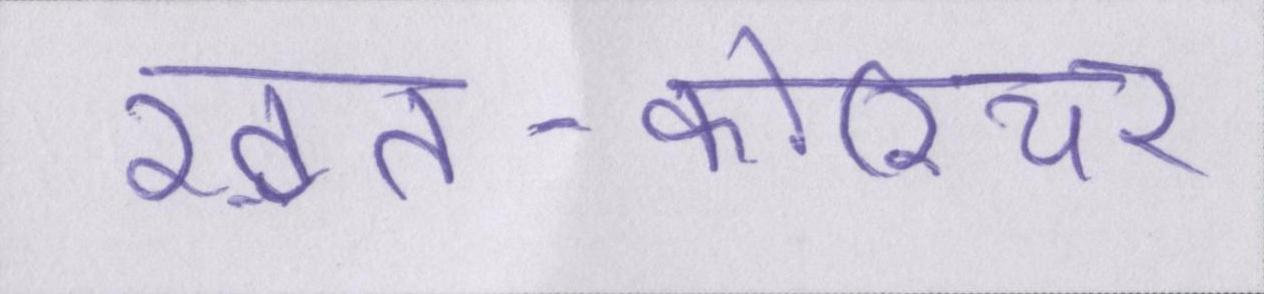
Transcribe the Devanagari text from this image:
ख़त-कोरियर